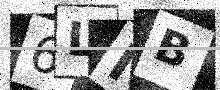
Text: 6LNB